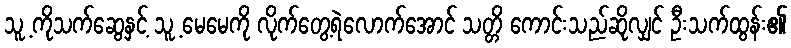
သူ့ ကိုသက်ဆွေနှင့် သူ့ မေမေကို လိုက်တွေ့ရဲလောက်အောင် သတ္တိ ကောင်းသည်ဆိုလျှင် ဦးသက်ထွန်း၏